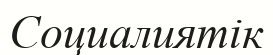
Социалиятік